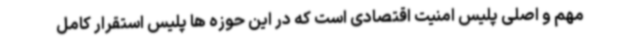
مهم و اصلی پلیس امنیت اقتصادی است که در این حوزه ها پلیس استقرار کامل